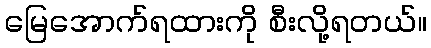
မြေအောက်ရထားကို စီးလို့ရတယ်။